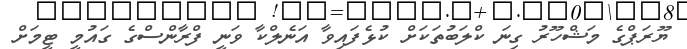
ޔޫރަޕްގެ މަޝްހޫރު ގިނަ ކްލަބުތަކަށް ކުޅެފައިވާ އަނެލްކާ ވަނީ ފްރާންސްގެ ގައުމީ ޓީމަށް